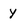
Character: y